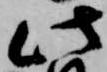
此